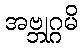
အဗ္ဘုဂ္ဂမိ